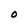
Character: O